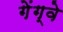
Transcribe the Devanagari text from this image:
गेंग्वे